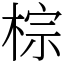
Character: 棕